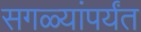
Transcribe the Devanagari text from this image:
सगळ्यांपर्यंत